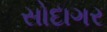
સોદાગર